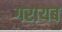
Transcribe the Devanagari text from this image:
गरायब